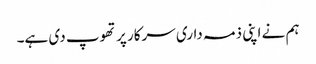
ہم نے اپنی ذمہ داری سرکار پر تھوپ دی ہے۔